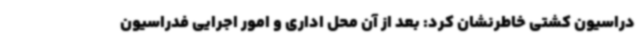
دراسیون کشتی خاطرنشان کرد: بعد از آن محل اداری و امور اجرایی فدراسیون